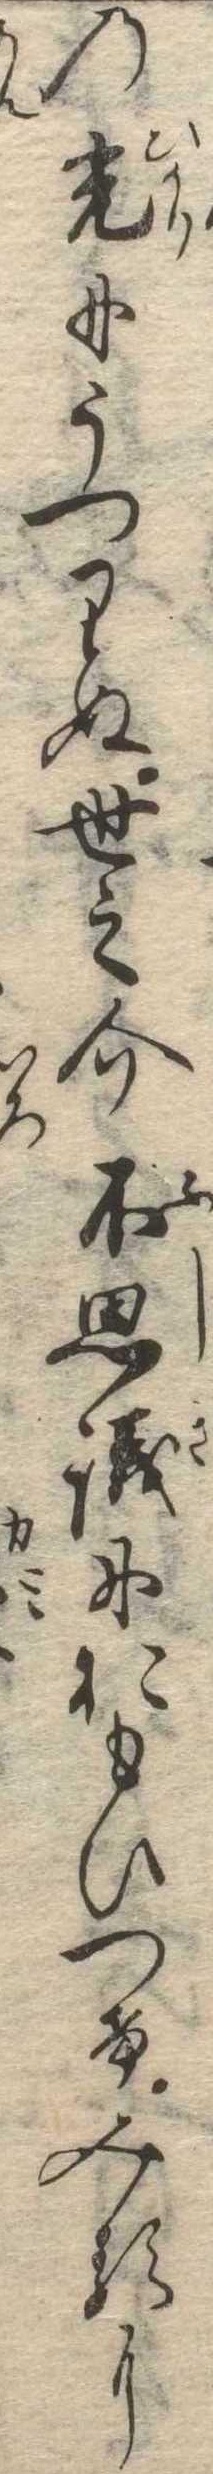
の光にうつりぬ世之介不思議におもひつけみるに